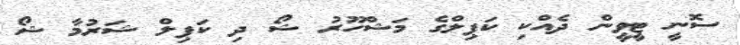
ސޮނީ ޓީވީން ދެއްކި ކަޕިލްގެ މަޝްހޫރު ޝޯ ދި ކަޕިލް ޝަރުމާ ޝޯ